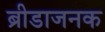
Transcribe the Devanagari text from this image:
ब्रीडाजनक